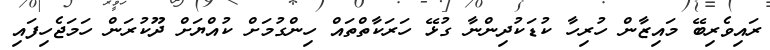
ރައިވެރިބޭ މައިޒާން ހުރިހާ ކުޑަކުދިންނާ ގުޅޭ ހަރަކާތްތައް ހިންގުމަށް ކުއްޔަށް ދޫކުރަން ހަމަޖެހިފައި